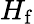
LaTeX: \textstyle H_{\mathrm{f}}